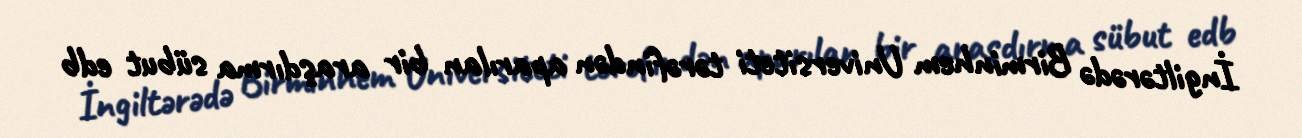
İngiltərədə Birminhem Universiteti tərəfindən aparılan bir araşdırma sübut edb